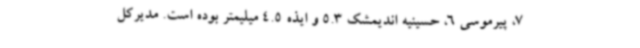
7، پیرموسی 6، حسینیه اندیمشک 5.3 و ایذه 4.5 میلیمتر بوده است. مدیرکل